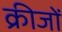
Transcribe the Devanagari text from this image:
क्रीजों